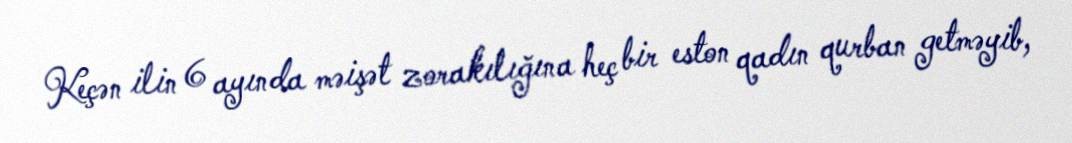
Keçən ilin 6 ayında məişət zorakılığına heç bir eston qadın qurban getməyib,